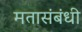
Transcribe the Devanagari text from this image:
मतासंबंधी